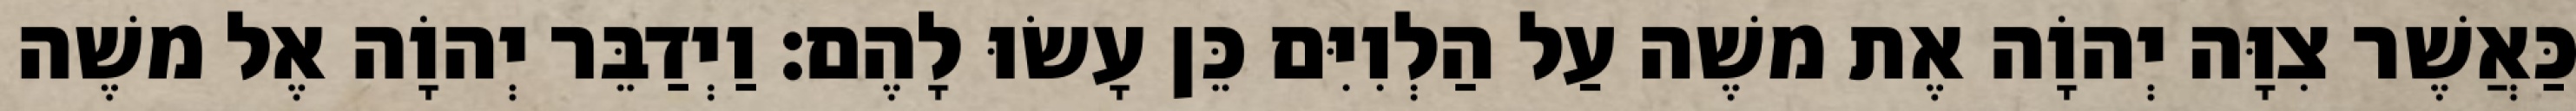
כַּאֲשֶׁר צִוָּה יְהוָֹה אֶת משֶׁה עַל הַלְוִיִּם כֵּן עָשׂוּ לָהֶם׃ וַיְדַבֵּר יְהוָֹה אֶל משֶׁה